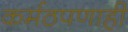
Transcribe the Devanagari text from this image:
कर्मठपणाही